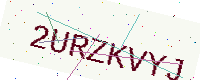
Text: 2URZKVYJ